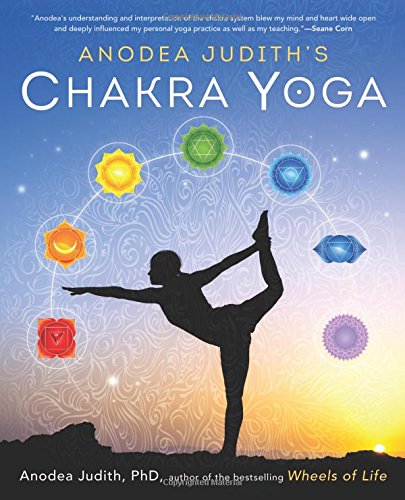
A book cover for Anodea Judith's Chakra Yoga; Anodea Judith PhD; Health, Fitness & Dieting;